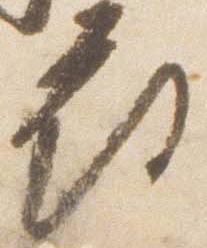
府